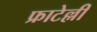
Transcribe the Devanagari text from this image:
फ्राटेल्ली